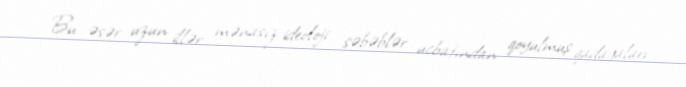
Bu əsər uzun illər mənasız ideoloji səbəblər ucbatından qoyulmuş qadağaları